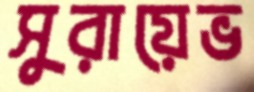
সুরায়েভ